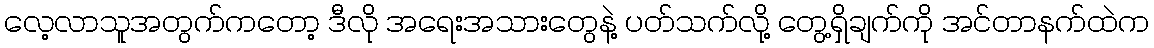
လေ့လာသူအတွက်ကတော့ ဒီလို အရေးအသားတွေနဲ့ ပတ်သက်လို့ တွေ့ရှိချက်ကို အင်တာနက်ထဲက